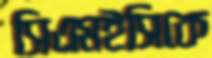
সিএমইসিকে